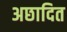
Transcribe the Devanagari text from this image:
अछादित